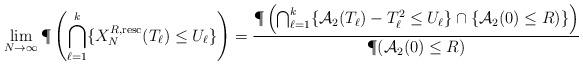
LaTeX: \begin{align*}\lim_{N\to\infty} \P\left(\bigcap_{\ell=1}^k \{X_N^{R,{\rm resc}}(T_\ell)\leq U_\ell\}\right)=\frac{\P\left(\bigcap_{\ell=1}^k\{{\mathcal A}_2(T_\ell)-T_\ell^2\leq U_\ell\}\cap \{{\mathcal A}_2(0)\leq R)\}\right)}{\P({\mathcal A}_2(0)\leq R)}\end{align*}